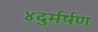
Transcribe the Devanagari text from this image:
४दुर्मर्षण